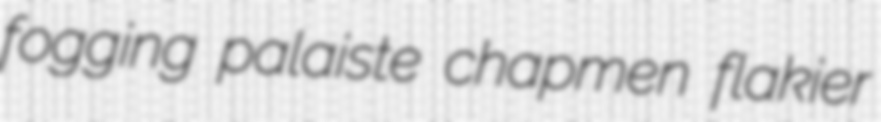
fogging palaiste chapmen flakier